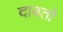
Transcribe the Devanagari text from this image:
दाबतो